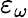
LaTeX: \varepsilon_{\omega}